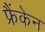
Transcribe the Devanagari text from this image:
फ्रैंकेन